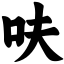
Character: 呋